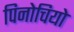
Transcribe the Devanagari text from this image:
पिनोचियो